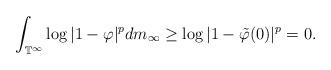
LaTeX: \begin{align*}\int_{\mathbb{T}^\infty}\log |1-\varphi|^p dm_{\infty}\geq\log |1-\tilde{\varphi}(0)|^p=0.\end{align*}